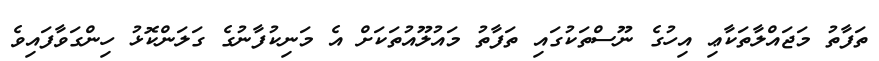
ތަފާތު މަޖައްލާތަކާޢި އިހުގެ ނޫސްތަކުގައި ތަފާތު މައުލޫއުތަކަށް އެ މަނިކުފާނުގެ ގަލަންކޮޅު ހިންގަވާފައިވެ